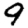
Digit: 9